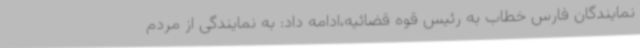
نمایندگان فارس خطاب به رئیس قوه قضائیه،ادامه داد: به نمایندگی از مردم